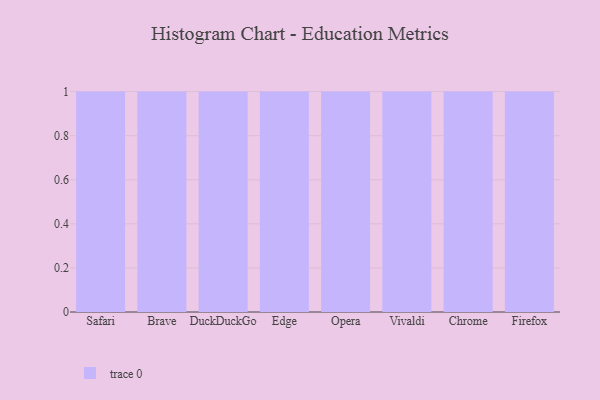
{"axis": {"x": "Browser", "y": "Waste Production (Tons)"}, "legend": [""], "data": [{"x": "Safari", "y": 91, "type": ""}, {"x": "Brave", "y": 15, "type": ""}, {"x": "DuckDuckGo", "y": 27, "type": ""}, {"x": "Edge", "y": 5, "type": ""}, {"x": "Opera", "y": 69, "type": ""}, {"x": "Vivaldi", "y": 22, "type": ""}, {"x": "Chrome", "y": 22, "type": ""}, {"x": "Firefox", "y": 80, "type": ""}]}